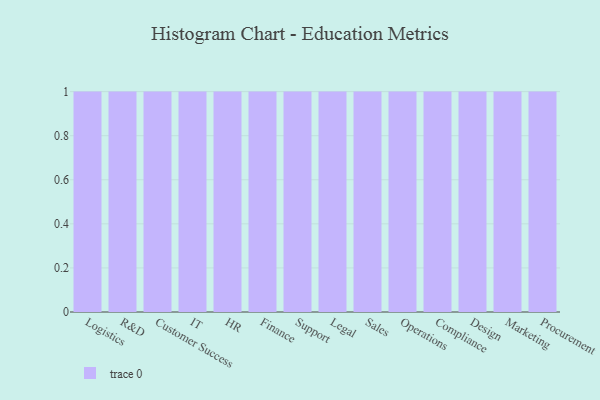
{"axis": {"x": "Department", "y": "Active Users"}, "legend": [""], "data": [{"x": "Logistics", "y": 24, "type": ""}, {"x": "R&D", "y": 87, "type": ""}, {"x": "Customer Success", "y": 5, "type": ""}, {"x": "IT", "y": 16, "type": ""}, {"x": "HR", "y": 99, "type": ""}, {"x": "Finance", "y": 94, "type": ""}, {"x": "Support", "y": 39, "type": ""}, {"x": "Legal", "y": 2, "type": ""}, {"x": "Sales", "y": 64, "type": ""}, {"x": "Operations", "y": 1, "type": ""}, {"x": "Compliance", "y": 12, "type": ""}, {"x": "Design", "y": 22, "type": ""}, {"x": "Marketing", "y": 93, "type": ""}, {"x": "Procurement", "y": 71, "type": ""}]}